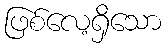
ဖြစ်လေ့ရှိသော